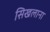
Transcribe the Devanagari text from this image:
सिखलाना